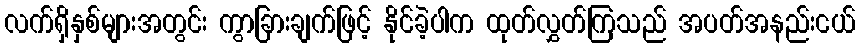
လက်ရှိနှစ်များအတွင်း ကွာခြားချက်ဖြင့် နိုင်ခဲ့ပါက ထုတ်လွှတ်ကြသည် အပတ်အနည်းငယ်